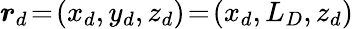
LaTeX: \boldsymbol{r}_{d}\! =\! (x_{d},y_{d},z_{d})\! =\! (x_{d},L_{D},z_{d})